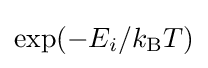
{\text{exp}}(-E_{i}/k_{\text{B}}T)